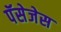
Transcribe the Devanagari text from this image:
पॅसेजेस